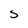
Character: S